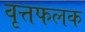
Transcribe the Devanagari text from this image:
वृत्तफलक